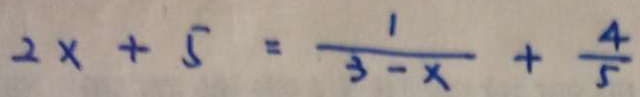
2 x + 5 = \frac { 1 } { 3 - x } + \frac { 4 } { 5 }